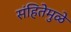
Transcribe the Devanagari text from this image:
संहितेमुळे